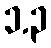
၁.၃